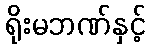
ရိုးမဘဏ်နှင့်